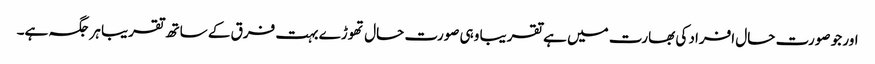
اور جو صورت حال افراد کی بھارت میں ہے تقریبا وہی صورت حال تھوڑے بہت فرق کے ساتھ تقریبا ہر جگہ ہے۔